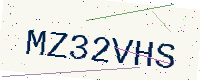
Text: MZ32VHS